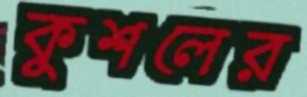
কুশলের